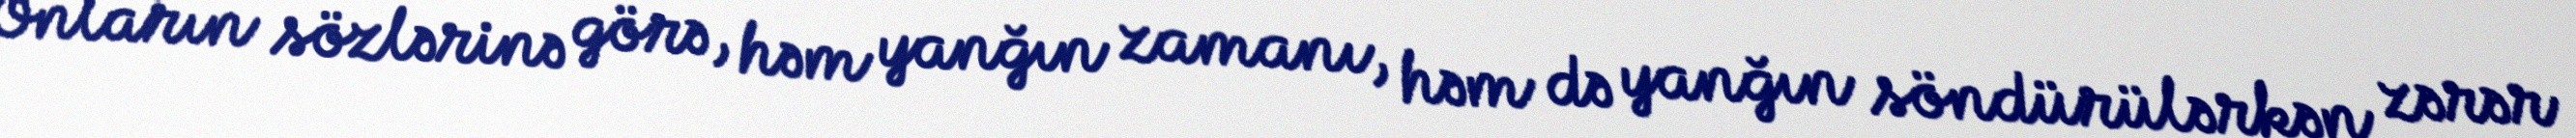
Onların sözlərinə görə, həm yanğın zamanı, həm də yanğın söndürülərkən zərər